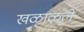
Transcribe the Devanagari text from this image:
खळाळले